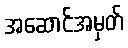
အဆောင်အမှတ်